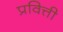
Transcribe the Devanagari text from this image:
प्रवित्ती